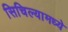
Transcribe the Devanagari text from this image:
सिचिल्यामध्ये